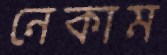
নেকাম